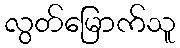
လွတ်မြောက်သူ